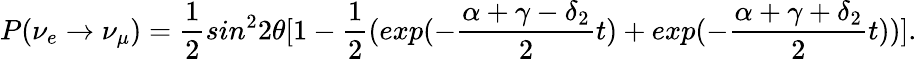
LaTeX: P(\nu_{e}\rightarrow\nu_{\mu})=\frac{1}{2}sin^{2}2\theta[1-\frac{1}{2}(exp{(-\frac{\alpha+\gamma-\delta_{2}}{2}t)}+exp{(-\frac{\alpha+\gamma+\delta_{2}}{2}t)})].